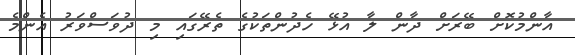
އާންމުކޮށް ބޭރަށް ދާން ލާ އުޅޭ ހެދުންތަކުގެ ތެރޭގައި މި ދުވަސްވަރު އެންމެ